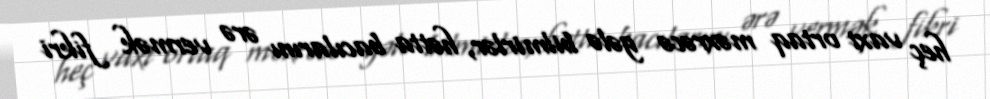
heç vaxt ortaq məxrəcə gələ bilmirlər, hətta bacılarını ərə vermək fikri